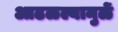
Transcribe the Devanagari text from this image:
आढळल्यामुळें